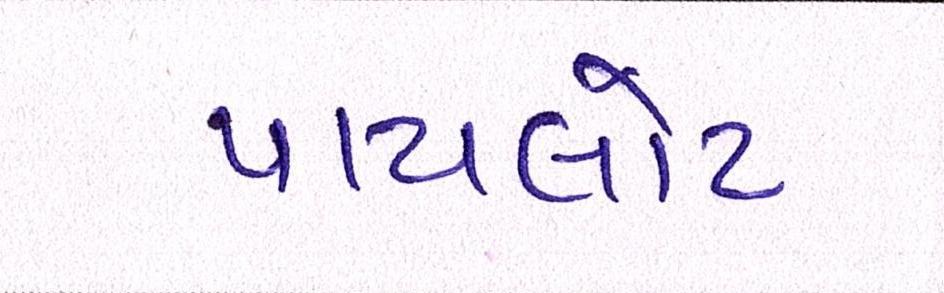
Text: પાયલોટ